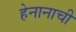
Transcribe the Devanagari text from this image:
हेनानाची